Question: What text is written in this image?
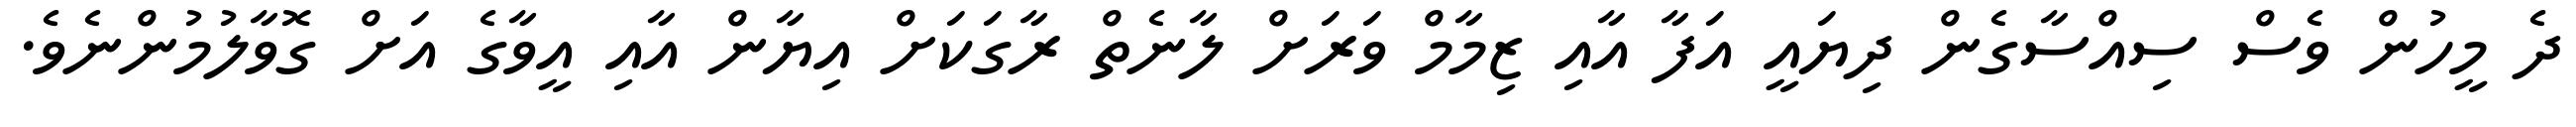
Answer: ދެ މީހުން ވެސް ސިއްސާގެން ދިޔައީ އަފާ އާއި ޒިމާމް ވަރަށް ލާނެތް ރާގަކަށް އިޔާން އާއި އީވާގެ އަށް ގޮވާލުމުންނެވެ.